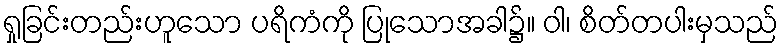
ရှုခြင်းတည်းဟူသော ပရိကံကို ပြုသောအခါ၌။ ဝါ၊ စိတ်တပါးမှသည်